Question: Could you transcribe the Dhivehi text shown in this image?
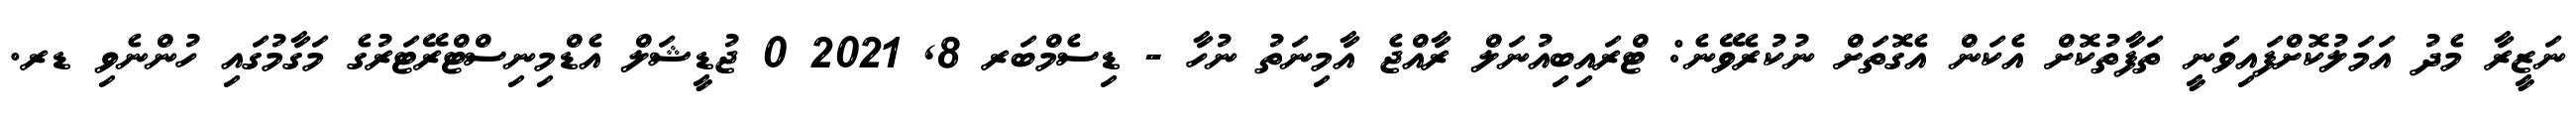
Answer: ނަޒީރާ މެދު އަމަލުކޮށްފައިވަނީ ތަފާތުކޮށް އެކަން އެގޮތަށް ނުކުރެވޭނެ: ޓްރައިބިއުނަލް ރާއްޖެ އާމިނަތު ނުހާ - ޑިސެމްބަރ 8, 2021 0 ޖުޑީޝަލް އެޑްމިނިސްޓްރޭޓަރުގެ މަގާމުގައި ހުންނެވި ޑރ.